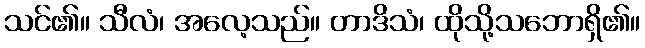
သင်၏။ သီလံ၊ အလေ့သည်။ တာဒိသံ၊ ထိုသို့သဘောရှိ၏။